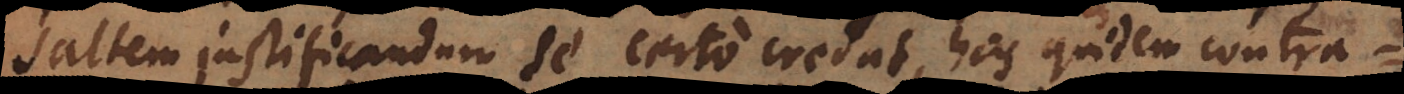
saltem justificandum se certo credat, has quidem contra